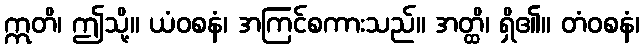
ဣတိ၊ ဤသို့။ ယံဝစနံ၊ အကြင်စကားသည်။ အတ္ထိ၊ ရှိ၏။ တံဝစနံ၊